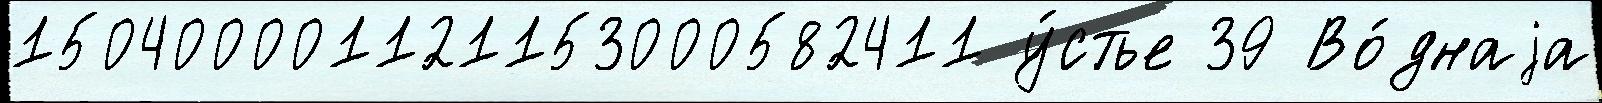
150400001121153000582411 у́стье 39 Во́днаjа